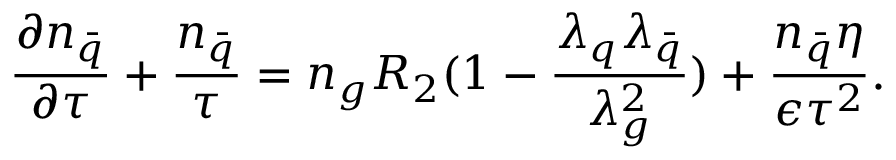
\frac { \partial n _ { \bar { q } } } { \partial \tau } + \frac { n _ { \bar { q } } } { \tau } = n _ { g } R _ { 2 } ( 1 - \frac { \lambda _ { q } \lambda _ { \bar { q } } } { \lambda _ { g } ^ { 2 } } ) + \frac { n _ { \bar { q } } \eta } { \epsilon \tau ^ { 2 } } .